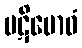
ပဋိဗောဓံ